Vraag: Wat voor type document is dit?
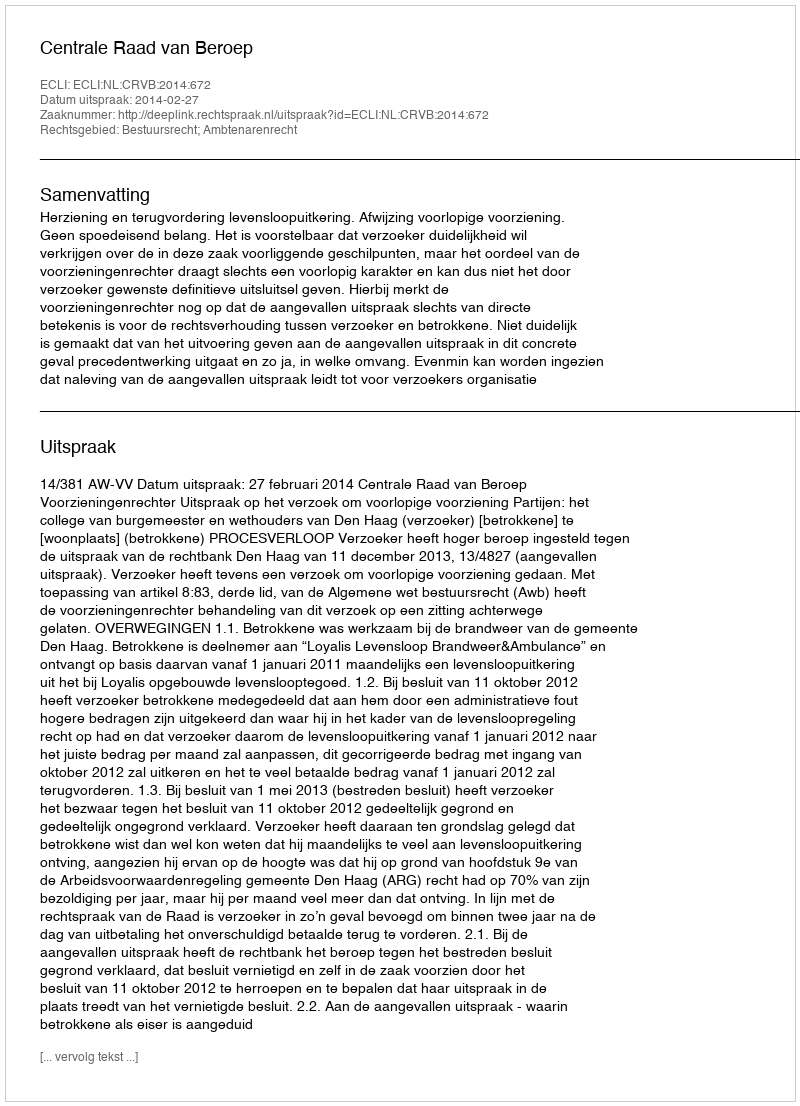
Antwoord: Uitspraak